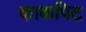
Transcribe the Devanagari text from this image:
काकपिट